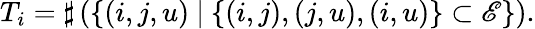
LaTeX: T_{i}=\sharp\left(\{ (i,j,u)~|~\{ (i,j),(j,u),(i,u)\} \subset\mathscr{E}\} \right).